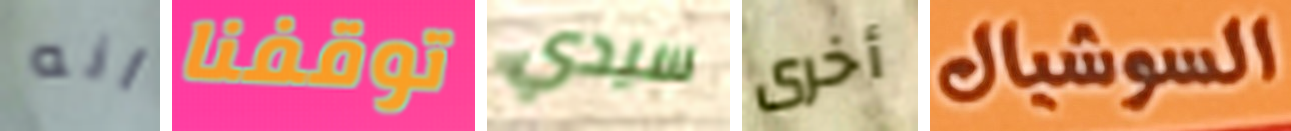
انه توقفنا سيدي أخرى السوشيال